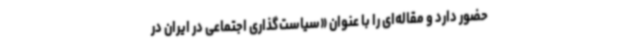
حضور دارد و مقاله‌ای را با عنوان «سیاست‌گذاری اجتماعی در ایران در